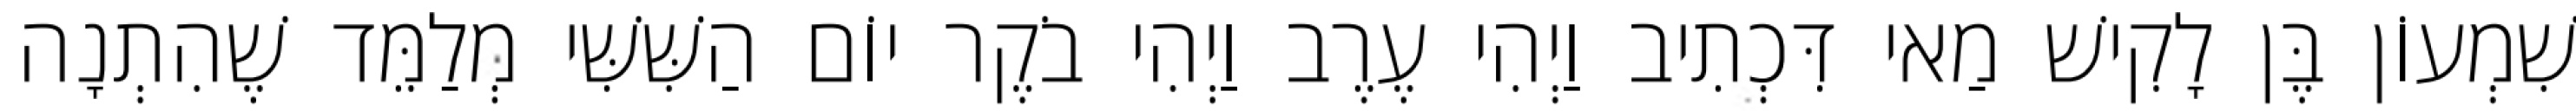
שִׁמְעוֹן בֶּן לָקִישׁ מַאי דִּכְתִיב וַיְהִי עֶרֶב וַיְהִי בֹקֶר יוֹם הַשִּׁשִּׁי מְלַמֵּד שֶׁהִתְנָה